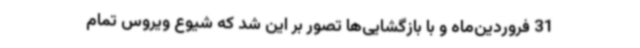
31 فروردین‌ماه و با بازگشایی‌ها تصور بر این شد که شیوع ویروس تمام